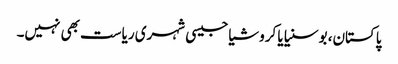
پاکستان، بوسنیا یا کروشیا جیسی شہری ریاست بھی نہیں۔